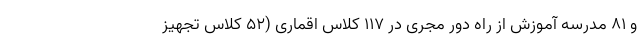
و ۸۱ مدرسه آموزش از راه دورِ مجری در ۱۱۷ کلاس اقماری (۵۲ کلاس تجهیز